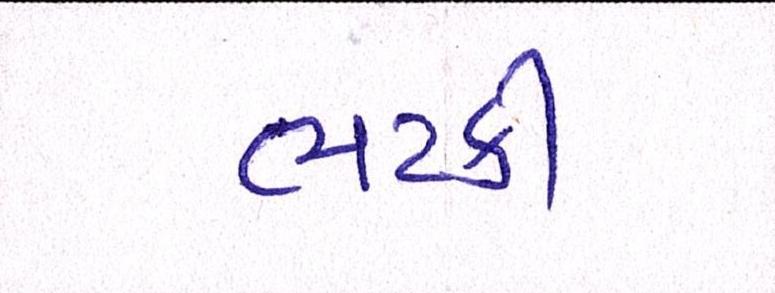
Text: ભટકી